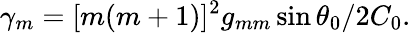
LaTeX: \gamma_{m}=[m(m+1)]^{2}g_{mm}\sin\theta_{0}/2C_{0}.